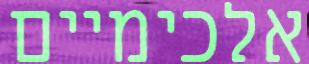
אלכימיים